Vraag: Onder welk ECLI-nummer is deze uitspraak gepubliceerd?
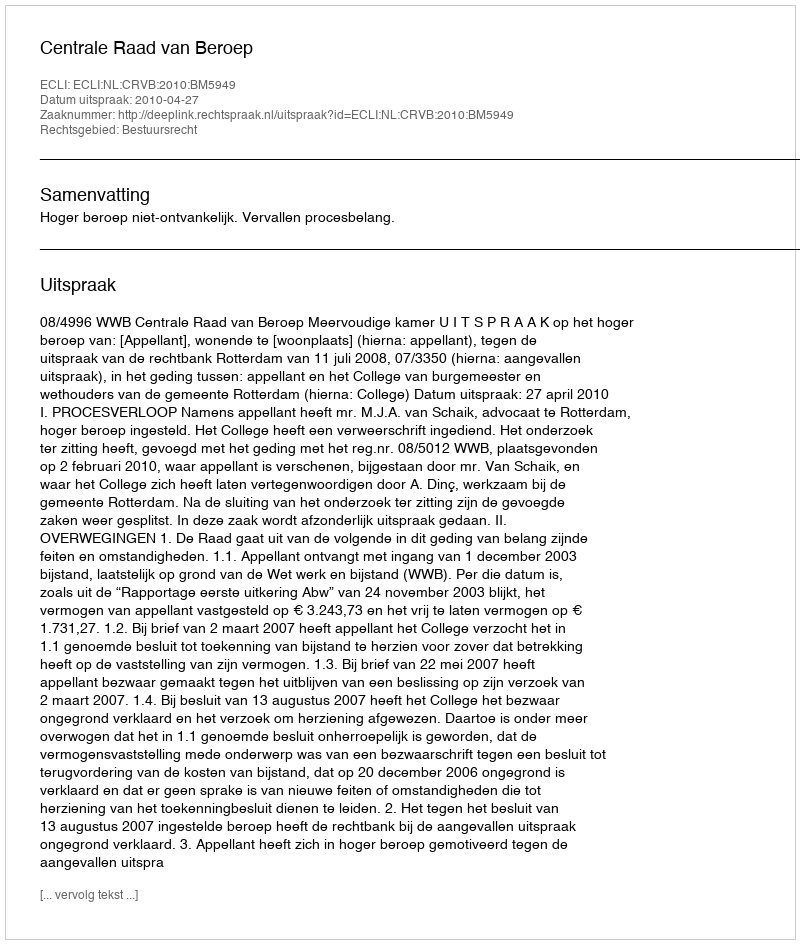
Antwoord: ECLI:NL:CRVB:2010:BM5949